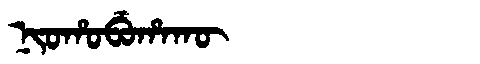
Manchu: ᠨᡳᠣᡥᠣᠪᡠᡥᠠᡴᡡ
Romanization: NIOHOBUHAKŪ